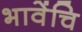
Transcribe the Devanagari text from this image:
भावेंचि